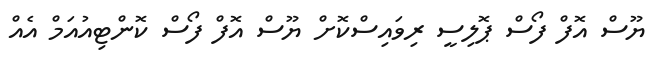
ޔޫސް އޮފް ފޯސް ޕޮލިސީ ރިވައިސްކޮށް ޔޫސް އޮފް ފޯސް ކޮންޓިއުއަމް އެއް